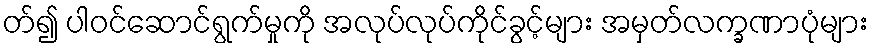
တ်၍ ပါဝင်ဆောင်ရွက်မှုကို အလုပ်လုပ်ကိုင်ခွင့်များ အမှတ်လက္ခဏာပုံများ